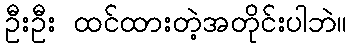
ဦးဦး ထင်ထားတဲ့အတိုင်းပါဘဲ။